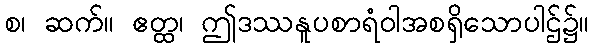
စ၊ ဆက်။ ဧတ္ထ၊ ဤဒဿနူပစာရံဝါအစရှိသောပါဌ်၌။